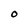
Character: O